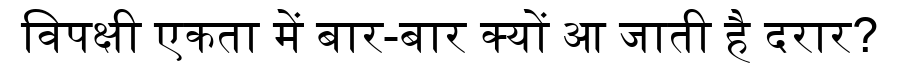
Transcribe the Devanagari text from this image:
विपक्षी एकता में बार-बार क्यों आ जाती है दरार?